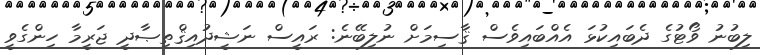
ލިބުނު ވޯޓުގެ ދެބައިކުޅަ އެއްބައިވެސް ޤާސިމަށް ނުލިބޭނެ: ރައީސް ނަޝީދުއިޤްތިޞާދީ ޖަރީމާ ހިންގެވީ